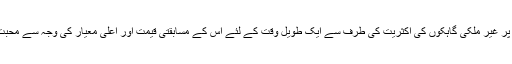
اس ویلڈ قبضا پر غیر ملکی گاہکوں کی اکثریت کی طرف سے ایک طویل وقت کے لئے اس کے مسابقتی قیمت اور اعلی معیار کی وجہ سے محبت کیا گیا ہے ۔